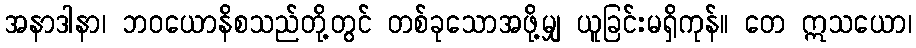
အနာဒါနာ၊ ဘဝယောနိစသည်တို့တွင် တစ်ခုသောအဖို့မျှ ယူခြင်းမရှိကုန်။ တေ ဣသယော၊